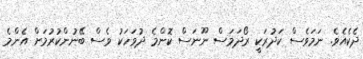
ދެކެއެވެ. ނަމަވެސް ކަދުރަކީ ރޯދަމަސް ނޫނަސް ކޮންމެ ދުވަހަކު ވެސް ބޭނުންކުރުމަށް އެންމެ